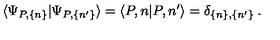
\langle \Psi _ { P , \{ n \} } | \Psi _ { P , \{ n ^ { \prime } \} } \rangle = \langle P , n | P , n ^ { \prime } \rangle = \delta _ { \{ n \} , \{ n ^ { \prime } \} } \: .